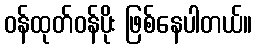
ဝန်ထုတ်ဝန်ပိုး ဖြစ်နေပါတယ်။